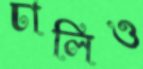
ঢালিও